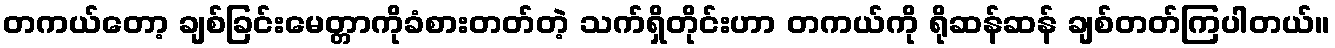
တကယ်တော့ ချစ်ခြင်းမေတ္တာကိုခံစားတတ်တဲ့ သက်ရှိတိုင်းဟာ တကယ်ကို ရိုဆန်ဆန် ချစ်တတ်ကြပါတယ်။